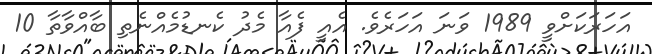
އަހަރަކަށްވީ 1989 ވަނަ އަހަރެވެ. އެއީ ފެއާ މެދު ކެނޑުމެއްނެތި ބާއްވާތާ 10